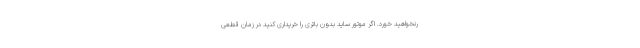
رنخواهید خورد. اگر موتور ساید بدون باتری را خریداری کنید در زمان قطعی